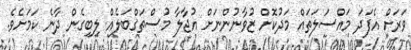
ވަރަށް އެފަދަ މައްސަލަތައް މަދުކޮށް ޒުވާނުންނަށް އުޖާލާ މުސްތަގްބަލެއް ލިބިގެން ދާނެ ކަމަށެވެ.